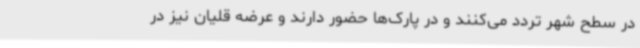
در سطح شهر تردد می‌کنند و در پارک‌ها حضور دارند و عرضه قلیان نیز در